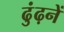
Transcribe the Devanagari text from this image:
ढुंढ़नें